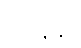
စိန္တေန္တာ